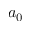
a _ { 0 }